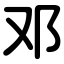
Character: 邓